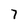
Character: 7